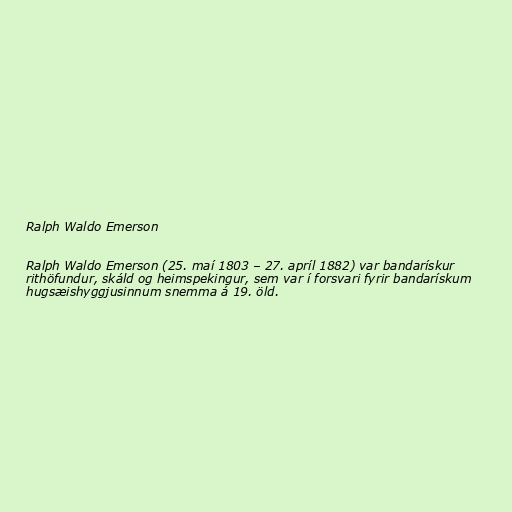
Ralph Waldo Emerson

Ralph Waldo Emerson (25. maí 1803 – 27. apríl 1882) var bandarískur
rithöfundur, skáld og heimspekingur, sem var í forsvari fyrir bandarískum
hugsæishyggjusinnum snemma á 19. öld.